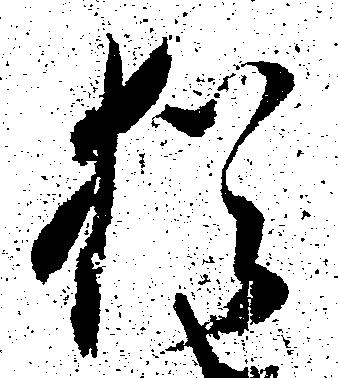
猶